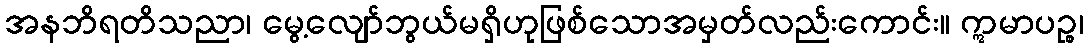
အနဘိရတိသညာ၊ မွေ့လျော်ဘွယ်မရှိဟုဖြစ်သောအမှတ်လည်းကောင်း။ ဣမာပဉ္စ၊